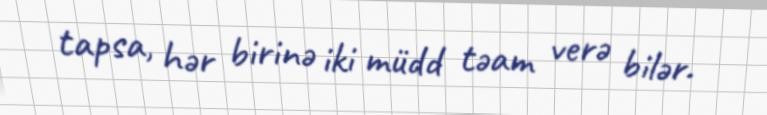
tapsa, hər birinə iki müdd təam verə bilər.